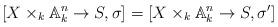
LaTeX: \begin{align*}[X\times_k\mathbb A_k^n\to S,\sigma]=[X\times_k\mathbb A_k^n\to S,\sigma']\end{align*}